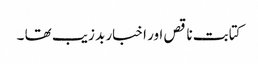
کتابت ناقص اور اخبار بد زیب تھا ۔